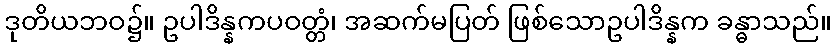
ဒုတိယဘဝ၌။ ဥပါဒိန္နကပဝတ္တံ၊ အဆက်မပြတ် ဖြစ်သောဥပါဒိန္နက ခန္ဓာသည်။